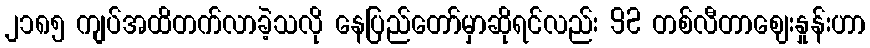
၂၁၈၅ ကျပ်အထိတက်လာခဲ့သလို နေပြည်တော်မှာဆိုရင်လည်း 92 တစ်လီတာဈေးနှုန်းဟာ